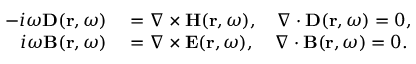
\begin{array} { r l } { - i \omega \mathbf { D } ( \mathbf { r } , \omega ) } & { { } = \nabla \times \mathbf { H } ( \mathbf { r } , \omega ) , ~ ~ ~ \nabla \cdot \mathbf { D } ( \mathbf { r } , \omega ) = 0 , } \\ { i \omega \mathbf { B } ( \mathbf { r } , \omega ) } & { { } = \nabla \times \mathbf { E } ( \mathbf { r } , \omega ) , ~ ~ ~ \nabla \cdot \mathbf { B } ( \mathbf { r } , \omega ) = 0 . } \end{array}